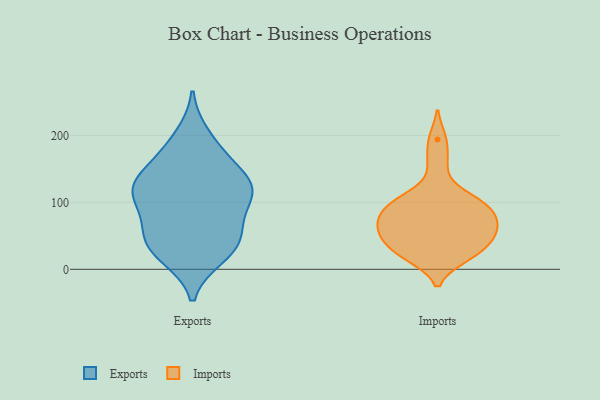
{"axis": {"x": "Temperature (°C)", "y": "Value"}, "legend": ["Exports", "Imports"], "data": [{"x": "", "y": 199, "type": "Exports"}, {"x": "", "y": 61, "type": "Exports"}, {"x": "", "y": 20, "type": "Exports"}, {"x": "", "y": 46, "type": "Exports"}, {"x": "", "y": 126, "type": "Exports"}, {"x": "", "y": 120, "type": "Exports"}, {"x": "", "y": 90, "type": "Exports"}, {"x": "", "y": 127, "type": "Exports"}, {"x": "", "y": 120, "type": "Exports"}, {"x": "", "y": 162, "type": "Exports"}, {"x": "", "y": 27, "type": "Exports"}, {"x": "", "y": 122, "type": "Exports"}, {"x": "", "y": 55, "type": "Exports"}, {"x": "", "y": 108, "type": "Exports"}, {"x": "", "y": 31, "type": "Exports"}, {"x": "", "y": 173, "type": "Exports"}, {"x": "", "y": 48, "type": "Imports"}, {"x": "", "y": 75, "type": "Imports"}, {"x": "", "y": 47, "type": "Imports"}, {"x": "", "y": 68, "type": "Imports"}, {"x": "", "y": 110, "type": "Imports"}, {"x": "", "y": 58, "type": "Imports"}, {"x": "", "y": 36, "type": "Imports"}, {"x": "", "y": 106, "type": "Imports"}, {"x": "", "y": 18, "type": "Imports"}, {"x": "", "y": 158, "type": "Imports"}, {"x": "", "y": 85, "type": "Imports"}, {"x": "", "y": 55, "type": "Imports"}, {"x": "", "y": 20, "type": "Imports"}, {"x": "", "y": 77, "type": "Imports"}, {"x": "", "y": 96, "type": "Imports"}, {"x": "", "y": 194, "type": "Imports"}, {"x": "", "y": 22, "type": "Imports"}, {"x": "", "y": 96, "type": "Imports"}]}